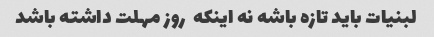
لبنیات باید تازه باشه نه اینکه  روز مهلت داشته باشد